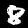
Label: 8